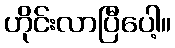
ဟိုင်းလာပြီပေါ့။